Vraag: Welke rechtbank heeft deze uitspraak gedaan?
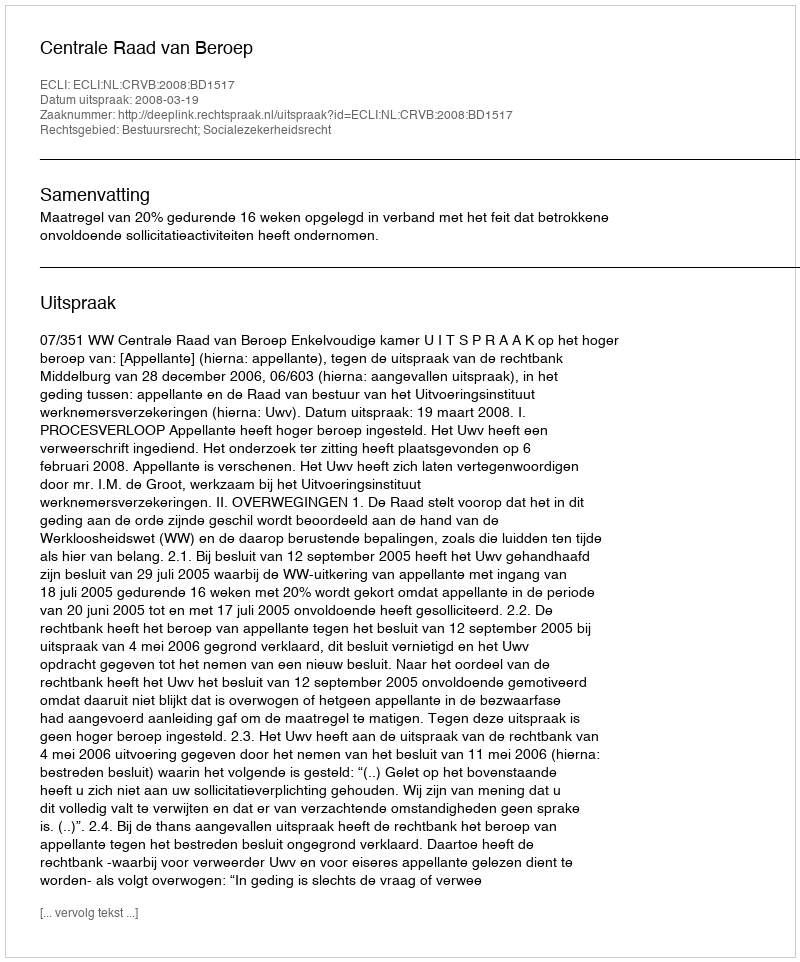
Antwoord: Centrale Raad van Beroep